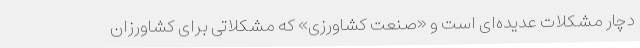
دچار مشکلات عدیده‌ای است و «صنعت کشاورزی» که مشکلاتی برای کشاورزان